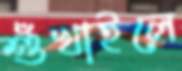
শুঁখাইলে